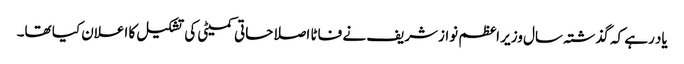
یاد رہے کہ گذشتہ سال وزیر اعظم نوازشریف نے فاٹا اصلاحاتی کمیٹی کی تشکیل کا اعلان کیا تھا۔